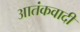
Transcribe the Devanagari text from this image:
आतंंकवादी